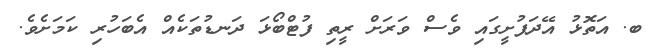
ބ. އަތޮޅު އޭދަފުށީގައި ވެސް ވަރަށް ރީތި ފުޓްބޯޅަ ދަނޑުތަކެއް އެބަހުރި ކަމަށެވެ.